Problem: 8 + 22 = ?
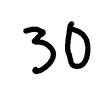
Handwritten answer: 30